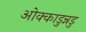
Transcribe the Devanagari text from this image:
ओक्काडुन्नडु